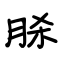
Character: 脎